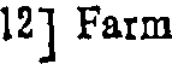
12] Farm